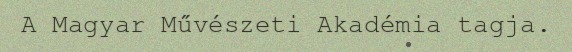
A Magyar Művészeti Akadémia tagja.